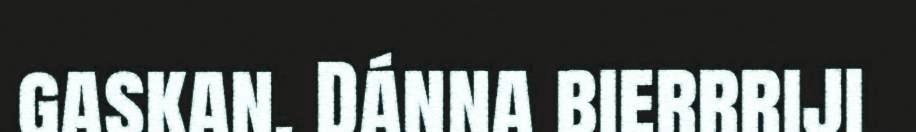
gaskan. Dánna bierrriji